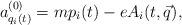
LaTeX: \begin{align*}a^{(0)}_{q_i(t)}= m p_i(t)- e A_i(t,\vec q),\end{align*}